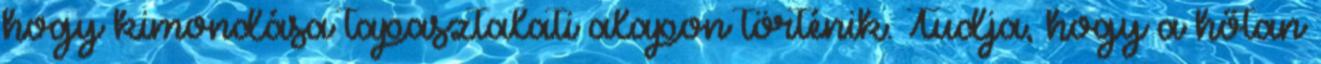
hogy kimondása tapasztalati alapon történik. Tudja, hogy a hőtan